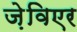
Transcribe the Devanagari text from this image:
ज़ेविएर